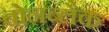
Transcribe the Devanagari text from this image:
बोनब्लैक